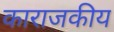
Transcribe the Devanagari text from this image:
काराजकीय